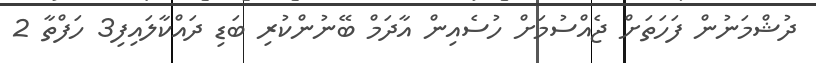
ދުޝްމަނުން ފަހަތަށް ޖެއްސުމަށް ހުސެއިން އާދަމް ބޭނުންކުރި ބަޑި ދައްކާލައިފި3 ހަފްތާ 2